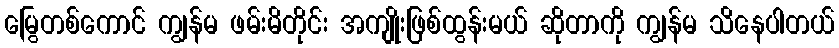
မြွေတစ်ကောင် ကျွန်မ ဖမ်းမိတိုင်း အကျိုးဖြစ်ထွန်းမယ် ဆိုတာကို ကျွန်မ သိနေပါတယ်